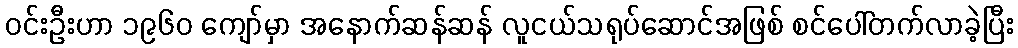
ဝင်းဦးဟာ ၁၉၆၀ ကျော်မှာ အနောက်ဆန်ဆန် လူငယ်သရုပ်ဆောင်အဖြစ် စင်ပေါ်တက်လာခဲ့ပြီး